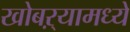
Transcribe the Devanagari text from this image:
खोबऱ्यामध्ये